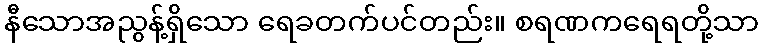
နီသောအညွန့်ရှိသော ရေခတက်ပင်တည်း။ စရဏကရေရတို့သာ